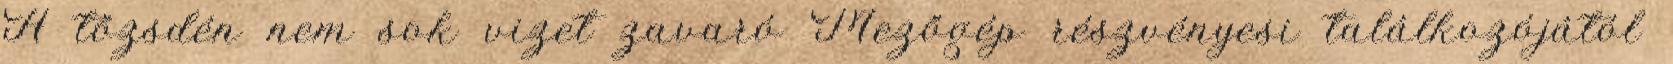
A tőzsdén nem sok vizet zavaró Mezőgép részvényesi találkozójától